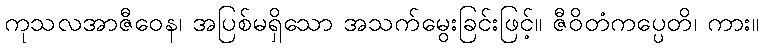
ကုသလအာဇီဝေန၊ အပြစ်မရှိသော အသက်မွေးခြင်းဖြင့်။ ဇီဝိတံကပ္ပေတိ၊ ကား။